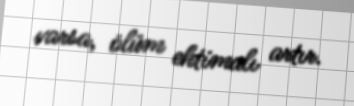
varsa, ölüm ehtimalı artır.